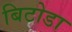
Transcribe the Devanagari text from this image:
बिटोडा